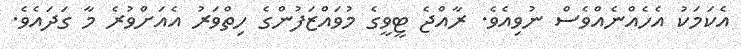
އެކަމަކު އެހެއްނެއްވެސް ނުވިއެވެ. ރާއްޖެ ޓީވީގެ މުވައްޒަފުންގެ ހިތްވަރު އެއަށްވުރެ މާ ގަދައެވެ.